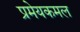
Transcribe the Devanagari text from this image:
प्रमेयकमल